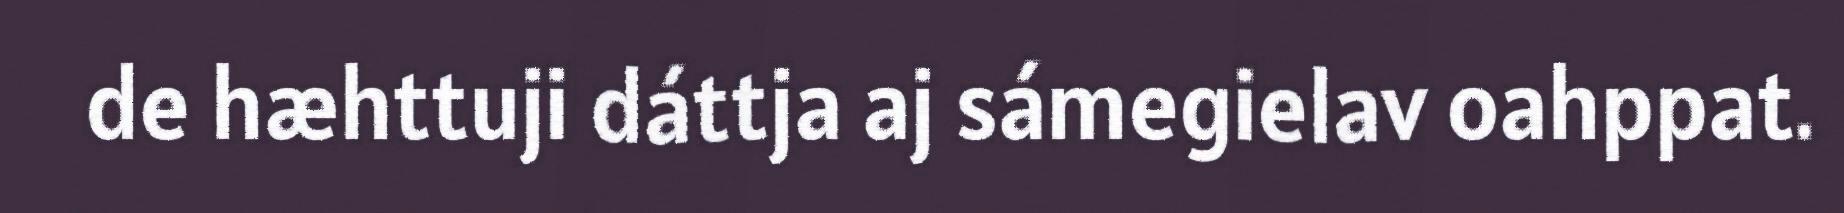
de hæhttuji dáttja aj sámegielav oahppat.